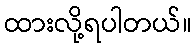
ထားလို့ရပါတယ်။